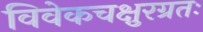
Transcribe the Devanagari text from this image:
विवेकचक्षुरग्रतः